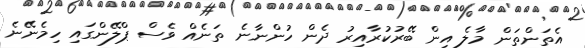
އެތަންތަން މާލެ އިން ބޭރުކުރާއިރު ދެން ހުންނާނެ ތަނެއް ވެސް ޕްލޭންގައި ހިމެނޭނެ